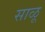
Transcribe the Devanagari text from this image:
साळू